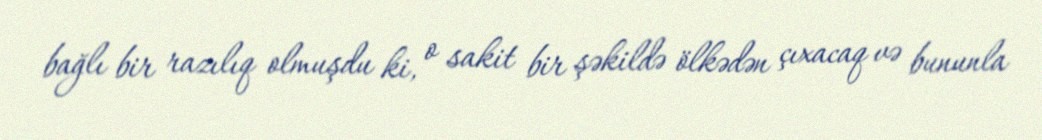
bağlı bir razılıq olmuşdu ki, o sakit bir şəkildə ölkədən çıxacaq və bununla